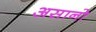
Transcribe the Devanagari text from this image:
असानो